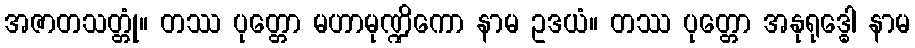
အဇာတသတ္တုံ။ တဿ ပုတ္တော မဟာမုဏ္ဍိကော နာမ ဥဒယံ။ တဿ ပုတ္တော အနုရုဒ္ဓေါ နာမ